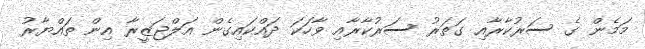
މަމެން ގެ ސަރުކާރާއި ގަތަރު ސަރުކާރާއި ވާހަކަ ދައްކައިގެން އަލްޖަޒީރާ އިން ތައްޔާރު